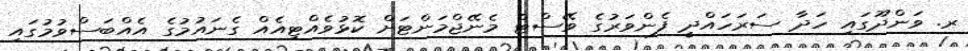
ރ. ވަންދޫގައި ހަދާ ސަރަހައްދީ ފެންވަރުގެ ވޭސްޓް މެނޭޖްމަންޓަށް ކޮޅުވެއްޓިއެއް ގެނައުމުގެ އެއްބަސްވުމުގައި